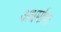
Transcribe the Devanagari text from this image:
अधर्माचा